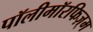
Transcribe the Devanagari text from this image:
पॉलीमॉरफिज़्म